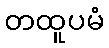
တထူပမံ